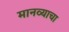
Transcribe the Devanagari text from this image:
मानव्याचा